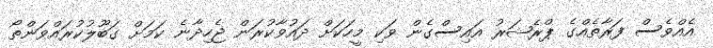
އެއްވެސް ފަރާތެއްގެ ޕްރެޝަރު އައިސްގެން ވަކި މީހަކަށް ދައުވާކުރަން ޖެހިދާނެ ކަމަށް ގަބޫލުކުރައްވަންތޯ